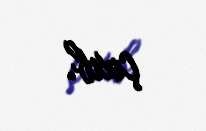
çıxıb.